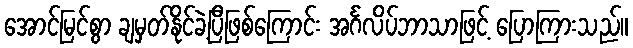
အောင်မြင်စွာ ချမှတ်နိုင်ခဲ့ပြီဖြစ်ကြောင်း အင်္ဂလိပ်ဘာသာဖြင့် ပြောကြားသည်။